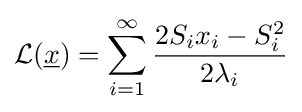
{\mathcal {L}}({\underline {x}})=\sum _{i=1}^{\infty }{\frac {2S_{i}x_{i}-S_{i}^{2}}{2\lambda _{i}}}